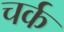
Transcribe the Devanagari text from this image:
चर्क